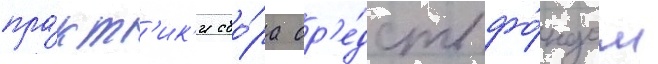
пра́кт'ик'и сбо́ра ср'е́дств фо́ндом